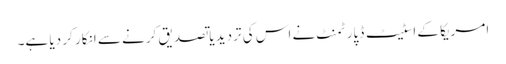
امریکا کے اسٹیٹ ڈپارٹمنٹ نے اس کی تردید یا تصدیق کرنے سے انکار کر دیا ہے۔